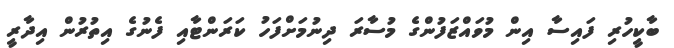
ބާކީހުރި ފައިސާ އިން މުވައްޒަފުންގެ މުސާރަ ދިނުމަށްފަހު ކަރަންޓާއި ފެނުގެ އިތުރުން އިދާރީ